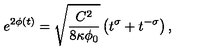
e ^ { 2 \phi ( t ) } = \sqrt { \frac { C ^ { 2 } } { 8 \kappa \phi _ { 0 } } } \left( t ^ { \sigma } + t ^ { - \sigma } \right) ,